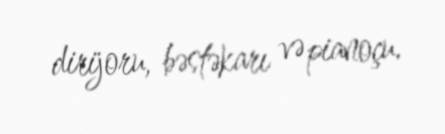
dirijoru, bəstəkarı və pianoçu.